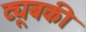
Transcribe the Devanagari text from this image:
ट्यूबकी